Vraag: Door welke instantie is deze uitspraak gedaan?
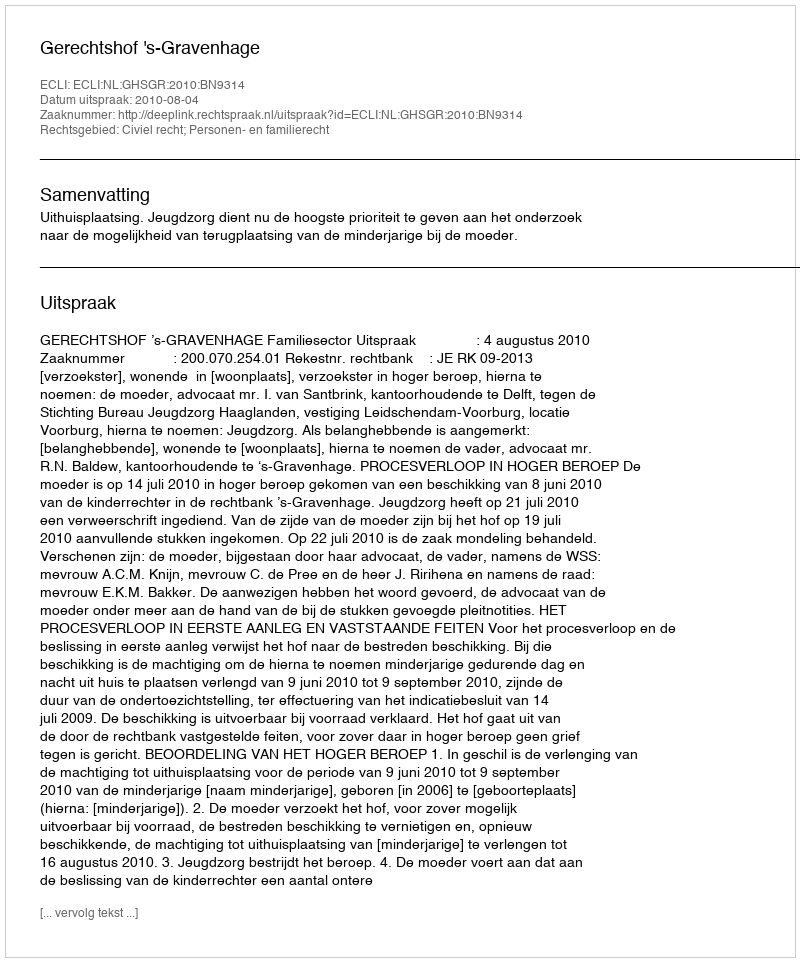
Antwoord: Gerechtshof 's-Gravenhage